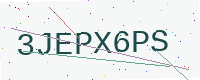
Text: 3JEPX6PS